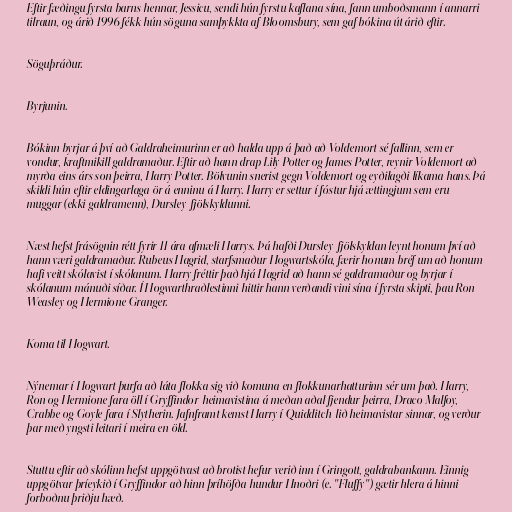
Eftir fæðingu fyrsta barns hennar, Jessicu, sendi hún fyrstu kaflana sína, fann umboðsmann í annarri
tilraun, og árið 1996 fékk hún söguna samþykkta af Bloomsbury, sem gaf bókina út árið eftir.

Söguþráður.

Byrjunin.

Bókinn byrjar á því að Galdraheimurinn er að halda upp á það að Voldemort sé fallinn, sem er
vondur, kraftmikill galdramaður. Eftir að hann drap Lily Potter og James Potter, reynir Voldemort að
myrða eins árs son þeirra, Harry Potter. Bölvunin snerist gegn Voldemort og eyðilagði líkama hans. Þá
skildi hún eftir eldingarlaga ör á enninu á Harry. Harry er settur í fóstur hjá ættingjum sem eru
muggar (ekki galdramenn), Dursley-fjölskyldunni.

Næst hefst frásögnin rétt fyrir 11 ára afmæli Harrys. Þá hafði Dursley-fjölskyldan leynt honum því að
hann væri galdramaður. Rubeus Hagrid, starfsmaður Hogwartskóla, færir honum bréf um að honum
hafi veitt skólavist í skólanum. Harry fréttir það hjá Hagrid að hann sé galdramaður og byrjar í
skólanum mánuði síðar. Í Hogwarthraðlestinni hittir hann verðandi vini sína í fyrsta skipti, þau Ron
Weasley og Hermione Granger.

Koma til Hogwart.

Nýnemar í Hogwart þurfa að láta flokka sig við komuna en flokkunarhatturinn sér um það. Harry,
Ron og Hermione fara öll í Gryffindor-heimavistina á meðan aðal fjendur þeirra, Draco Malfoy,
Crabbe og Goyle fara í Slytherin. Jafnframt kemst Harry í Quidditch-lið heimavistar sinnar, og verður
þar með yngsti leitari í meira en öld.

Stuttu eftir að skólinn hefst uppgötvast að brotist hefur verið inn í Gringott, galdrabankann. Einnig
uppgötvar þríeykið í Gryffindor að hinn þríhöfða hundur Hnoðri (e. "Fluffy") gætir hlera á hinni
forboðnu þriðju hæð.